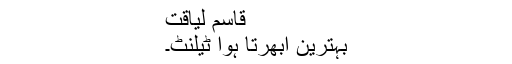
قاسم لیاقت
بہترین ابھرتا ہوا ٹیلنٹ۔